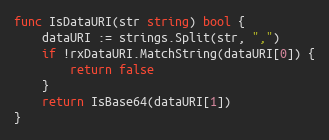
Language: Go
func IsDataURI(str string) bool {
	dataURI := strings.Split(str, ",")
	if !rxDataURI.MatchString(dataURI[0]) {
		return false
	}
	return IsBase64(dataURI[1])
}